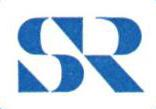
SR